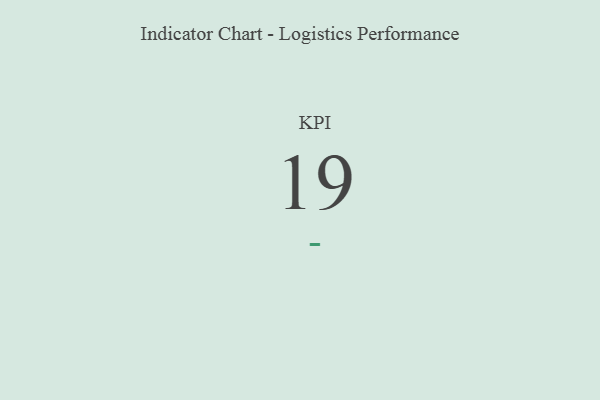
{"axis": {"x": "KPI", "y": "Value"}, "legend": [""], "data": [{"x": "KPI", "y": 19, "type": ""}]}